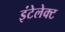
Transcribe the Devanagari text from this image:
इंटेलेक्ट